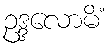
ဥဒ္ဒလောမိံ